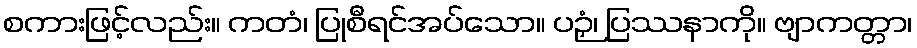
စကားဖြင့်လည်း။ ကတံ၊ ပြုစီရင်အပ်သော။ ပဉှံ၊ ပြဿနာကို။ ဗျာကတ္တာ၊